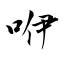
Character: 咿